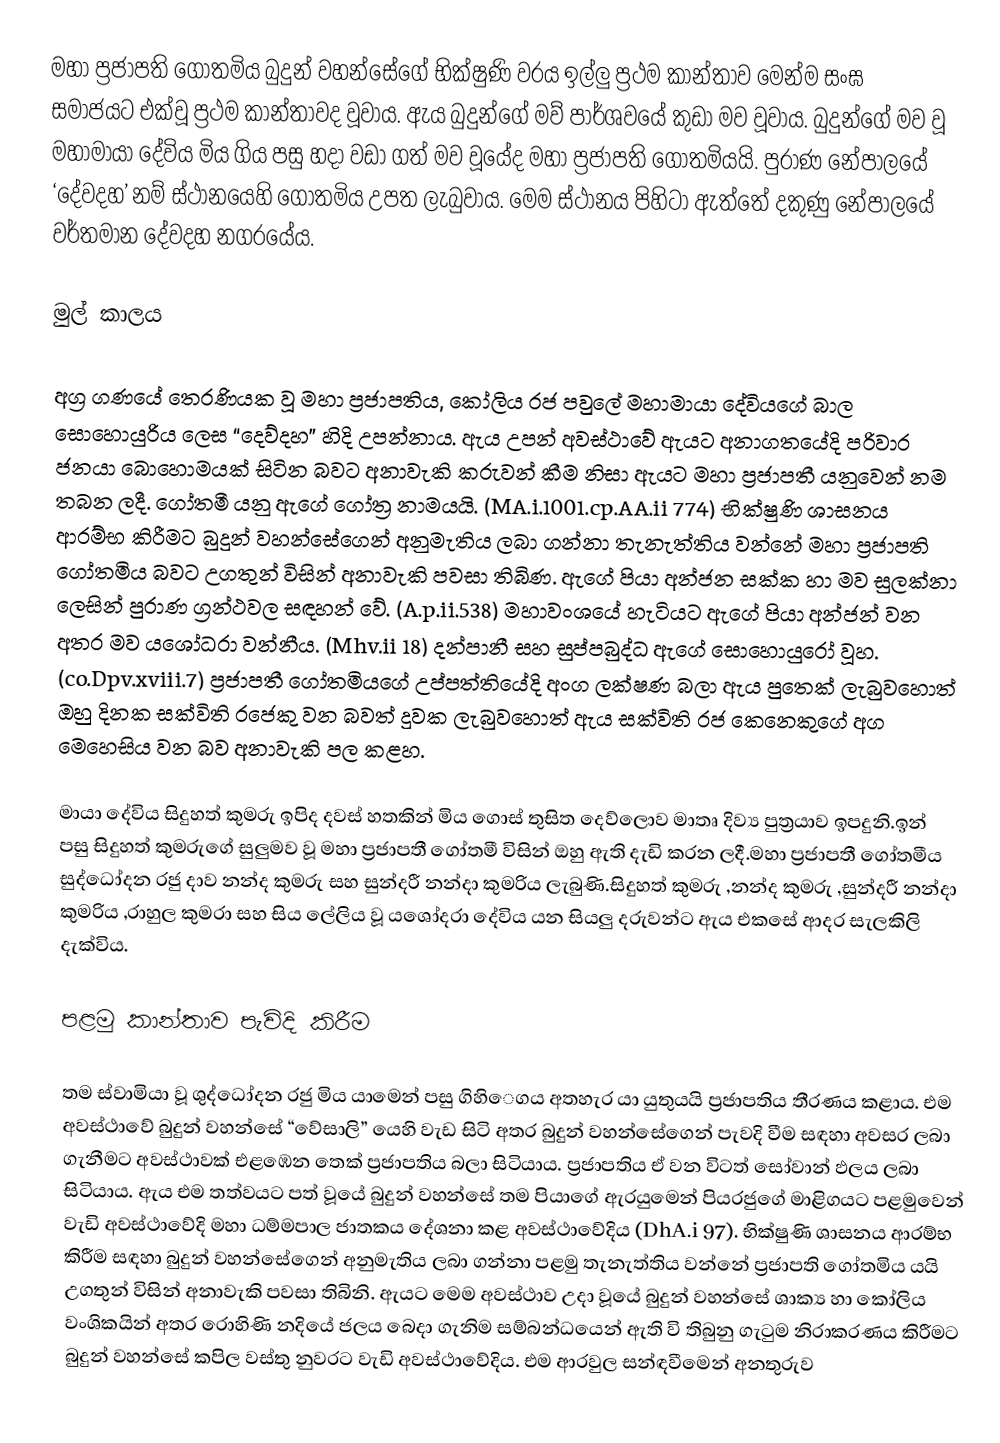
මහා ප්‍රජාපති ගෝතමිය බුදුන් වහන්සේගේ භික්ෂුණි වරය ඉල්ලු ප්‍රථම කාන්තාව මෙන්ම සංඝ සමාජයට එක්වූ ප්‍රථම කාන්තාවද වූවාය. ඇය බුදුන්ගේ මව් පාර්ශවයේ කුඩා මව වූවාය. බුදුන්ගේ මව වූ මහාමායා දේවිය මිය ගිය පසු හදා වඩා ගත් මව වූයේද මහා ප්‍රජාපති ගෝතමියයි. පුරාණ නේපාලයේ ‘දේවදහ’ නම් ස්ථානයෙහි ගෝතමිය උපත ලැබුවාය. මෙම ස්ථානය පිහිටා ඇත්තේ දකුණු නේපාලයේ වර්තමාන දේවදහ නගරයේය.

මුල් කාලය

අග්‍ර ගණයේ තෙරණියක වූ මහා ප්‍රජාපතිය, කෝලිය  රජ පවුලේ මහාමායා දේවියගේ බාල සොහොයුරිය ලෙස “දෙව්දහ” හිදි උපන්නාය. ඇය උපන් අවස්ථාවේ ඇයට අනාගතයේදි පරිවාර ජනයා බොහොමයක් සිටින බවට අනාවැකි කරුවන් කීම නිසා ඇයට මහා ප්‍රජාපතී යනුවෙන් නම තබන ලදී. ගෝතමී යනු ඇගේ ගෝත්‍ර නාමයයි. (MA.i.1001.cp.AA.ii 774) භික්ෂුණි ශාසනය ආරම්භ කිරීමට බුදුන් වහන්සේගෙන් අනුමැතිය ලබා ගන්නා තැනැත්තිය වන්නේ මහා ප්‍රජාපති ගෝතමිය බවට උගතුන් විසින් අනාවැකි පවසා තිබිණ. ඇගේ පියා අන්ජන සක්ක හා මව සුලක්නා ලෙසින් පුරාණ ග්‍රන්ථවල සඳහන් වේ. (A.p.ii.538) මහාවංශයේ හැටියට ඇගේ පියා අන්ජන් වන අතර මව යශෝධරා වන්නීය. (Mhv.ii 18) දන්පානී සහ සුප්පබුද්ධ ඇගේ සොහොයුරෝ වූහ. (co.Dpv.xviii.7) ප්‍රජාපතී ගෝතමියගේ උප්පත්තියේදි අංග ලක්ෂණ බලා ඇය පුතෙක් ලැබුවහොත් ඔහු දිනක සක්විති රජෙකු වන බවත් දුවක ලැබුවහොත් ඇය සක්විති රජ කෙනෙකුගේ අග මෙහෙසිය වන බව අනාවැකි පල කළහ.

මායා දේවිය සිදුහත්  කුමරු ඉපිද දවස් හතකින් මිය ගොස් තුසිත දෙව්ලොව මාතෘ දිව්‍ය පුත්‍රයාව ඉපදුනි.ඉන් පසු සිදුහත් කුමරුගේ සුලුමව වූ මහා ප්‍රජාපතී ගෝතමී විසින් ඔහු ඇති දැඩි කරන ලදී.මහා ප්‍රජාපතී ගෝතමීය සුද්ධෝදන  රජු දාව නන්ද කුමරු සහ සුන්දරී නන්දා කුමරිය ලැබුණි.සිදුහත් කුමරු ,නන්ද කුමරු ,සුන්දරී නන්දා කුමරිය ,රාහුල කුමරා සහ සිය ලේලිය වූ යශෝදරා දේවිය යන සියලු දරුවන්ට ඇය එකසේ ආදර සැලකිලි දැක්විය.

පළමු කාන්තාව පැවිදි කිරීම

තම ස්වාමියා වූ ශුද්ධෝදන රජු මිය යාමෙන් පසු ගිහිෙගය අතහැර යා යුතුයයි ප්‍රජාපතිය තීරණය කළාය. එම අවස්ථාවේ බුදුන් වහන්සේ “වේසාලි” යෙහි වැඩ සිටි අතර බුදුන් වහන්සේගෙන් පැවදි වීම සඳහා අවසර ලබා ගැනීමට අවස්ථාවක් එළඹෙන තෙක් ප්‍රජාපතිය බලා සිටියාය. ප්‍රජාපතිය ඒ වන විටත් සෝවාන් ඵලය ලබා සිටියාය. ඇය එම තත්වයට පත් වූයේ බුදුන් වහන්සේ තම පියාගේ ඇරයුමෙන් පියරජුගේ මාළිගයට පළමුවෙන් වැඩි අවස්ථාවේදි මහා ධම්මපාල ජාතකය දේශනා කළ අවස්ථාවේදිය (DhA.i 97). භික්ෂුණි ශාසනය ආරම්භ කිරීම සඳහා බුදුන් වහන්සේගෙන් අනුමැතිය ලබා ගන්නා පළමු තැනැත්තිය වන්නේ ප්‍රජාපති ගෝතමිය යයි උගතුන් විසින් අනාවැකි පවසා තිබිනි. ඇයට මෙම අවස්ථාව උදා වූයේ බුදුන් වහන්සේ ශාක්‍ය හා කෝලිය වංශිකයින් අතර රොහිණි නදියේ ජලය බෙදා ගැනිම සම්බන්ධයෙන් ඇති වි තිබුනු ගැටුම නිරාකරණය කිරීමට බුදුන් වහන්සේ  කපිල වස්තු නුවරට වැඩි අවස්ථාවේදිය. එම ආරවුල සන්ඳවීමෙන් අනතුරුව